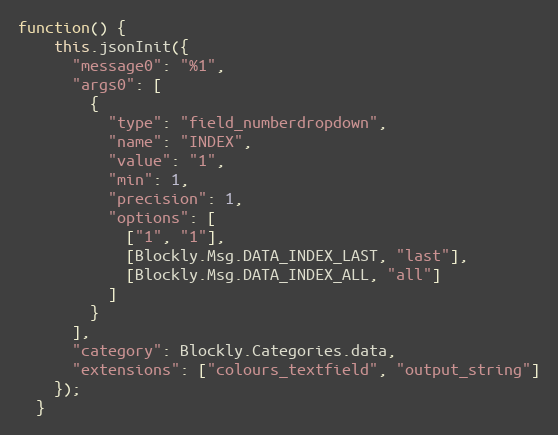
Language: JavaScript
function() {
    this.jsonInit({
      "message0": "%1",
      "args0": [
        {
          "type": "field_numberdropdown",
          "name": "INDEX",
          "value": "1",
          "min": 1,
          "precision": 1,
          "options": [
            ["1", "1"],
            [Blockly.Msg.DATA_INDEX_LAST, "last"],
            [Blockly.Msg.DATA_INDEX_ALL, "all"]
          ]
        }
      ],
      "category": Blockly.Categories.data,
      "extensions": ["colours_textfield", "output_string"]
    });
  }